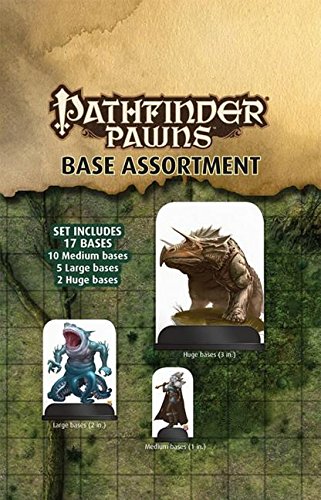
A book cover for Pathfinder Pawns Base Assortment; Paizo Publishing; Science Fiction & Fantasy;